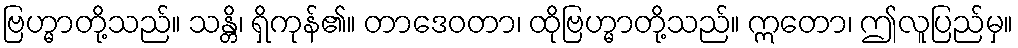
ဗြဟ္မာတို့သည်။ သန္တိ၊ ရှိကုန်၏။ တာဒေဝတာ၊ ထိုဗြဟ္မာတို့သည်။ ဣတော၊ ဤလူပြည်မှ။